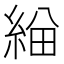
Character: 𦁃